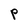
Character: P